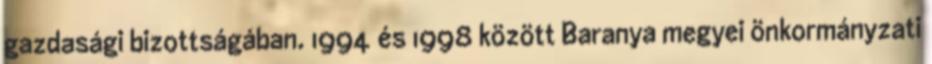
gazdasági bizottságában. 1994 és 1998 között Baranya megyei önkormányzati